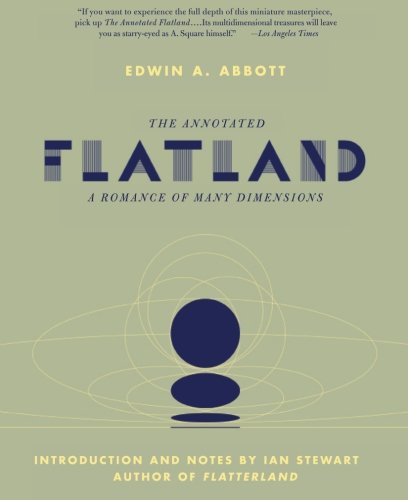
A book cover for The Annotated Flatland: A Romance of Many Dimensions; Ian Stewart; Science & Math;